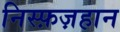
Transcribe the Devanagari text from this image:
निस्फ़ज़हान